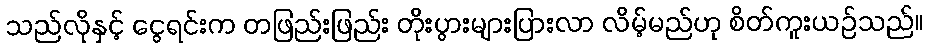
သည်လိုနှင့် ငွေရင်းက တဖြည်းဖြည်း တိုးပွားများပြားလာ လိမ့်မည်ဟု စိတ်ကူးယဉ်သည်။